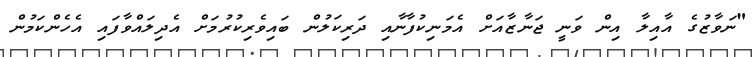
"ނަވާޒުގެ އާއިލާ އިން ވަނީ ޖަނާޒާއަށް އެމަނިކުފާނާއި ދަރިކަލުން ބައިވެރިކުރުމަށް އެދިލައްވާފައި އެހެންކަމުން